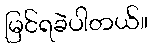
မြင်ရခဲပါတယ်။